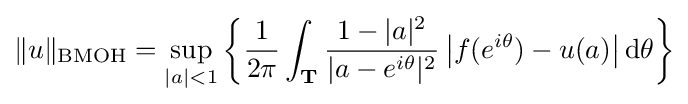
\|u\|_{\text{BMOH}}=\sup _{|a|<1}\left\{{\frac {1}{2\pi }}\int _{\mathbf {T} }{\frac {1-|a|^{2}}{|a-e^{i\theta }|^{2}}}\left|f(e^{i\theta })-u(a)\right|\mathrm {d} \theta \right\}